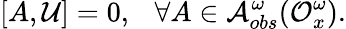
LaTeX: [A,{\cal U}]=0,~~~\forall A\in{\cal A}_{obs}^{\omega}({\cal O}_{x}^{\omega}).